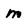
Character: m